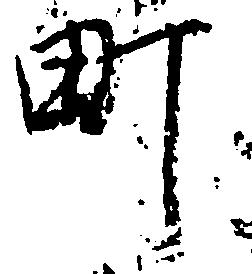
町